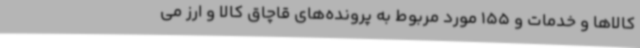
کالاها و خدمات و 155 مورد مربوط به پرونده‌های قاچاق کالا و ارز می